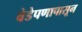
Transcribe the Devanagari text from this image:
वेडेपणापासून